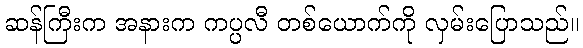
ဆန်ကြီးက အနားက ကပ္ပလီ တစ်ယောက်ကို လှမ်းပြောသည်။